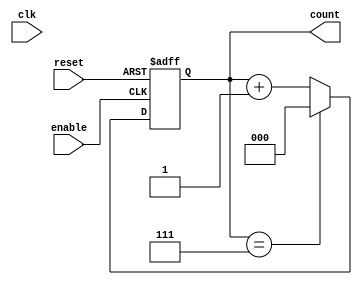
module mod_n_async_counter (
    input wire clk,          // Clock signal (not used in this asynchronous design)
    input wire reset,        // Asynchronous reset signal
    input wire enable,       // Asynchronous enable signal
    output reg [2:0] count   // 3-bit output for the counter (0 to 7)
);

// Asynchronous reset and counting logic
always @(posedge enable or posedge reset) begin
    if (reset) begin
        count <= 3'b000; // Reset the counter to 0
    end else begin
        if (count == 3'b111) begin
            count <= 3'b000; // Reset to 0 when count reaches 8
        end else begin
            count <= count + 1; // Increment the counter
        end
    end
end

endmodule